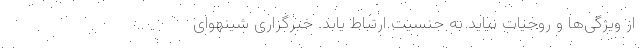
از ویژگی‌ها و روحیات نباید به جنسیت ارتباط یابد. خبرگزاری شینهوای